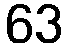
63